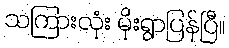
သကြားလုံး မိုးရွာပြန်ပြီ။